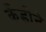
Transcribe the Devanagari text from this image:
कँडीने